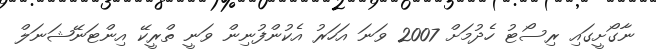
ނާގޯށީގައި ރިސޯޓު ހެދުމަށް 2007 ވަނަ އަހަރު އެކުންފުނިން ވަނީ ތްރީކޭ އިންޓަނޭޝަނަލް